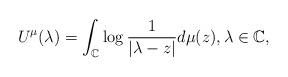
LaTeX: \begin{align*}U^\mu(\lambda)=\int_\mathbb{C} \log\frac{1}{|\lambda-z|} d\mu(z), \lambda\in\mathbb{C},\end{align*}